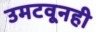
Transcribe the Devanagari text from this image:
उमटवूनही